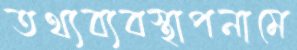
তথ্যব্যবস্থাপনামে